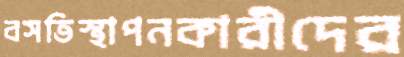
বসতিস্থাপনকারীদের